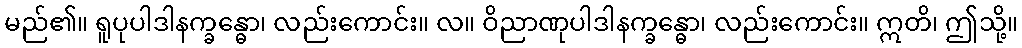
မည်၏။ ရူပုပါဒါနက္ခန္ဓော၊ လည်းကောင်း။ လ။ ဝိညာဏုပါဒါနက္ခန္ဓော၊ လည်းကောင်း။ ဣတိ၊ ဤသို့။